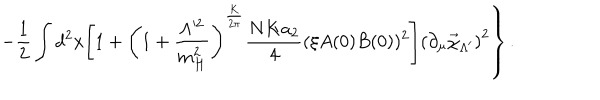
LaTeX: \left. - \frac 1 2 \int d ^ { 2 } x \Biggl [ 1 + \left( 1 + \frac { \Lambda ^ { 2 } } { m _ { H } ^ { 2 } } \right) ^ { \frac { K } { 2 \pi } } \frac { N K a _ { 2 } } { 4 } ( \xi A ( 0 ) B ( 0 ) ) ^ { 2 } \Biggr ] \left( \partial _ { \mu } \vec { \chi } _ { \Lambda ^ { \prime } } \right) ^ { 2 } \right\} .